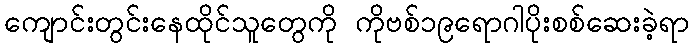
ကျောင်းတွင်းနေထိုင်သူတွေကို ကိုဗစ်၁၉ရောဂါပိုးစစ်ဆေးခဲ့ရာ